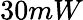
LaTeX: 30mW